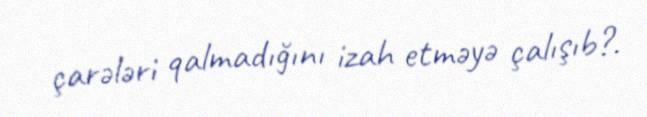
çarələri qalmadığını izah etməyə çalışıb?.